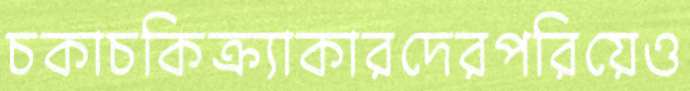
চকাচকিক্র্যাকারদেরপরিয়েও